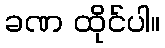
ခဏ ထိုင်ပါ။